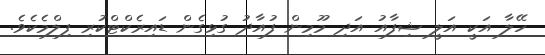
ހޭލާ އަކީ އަލީ ޝިފާއު އަދި މޫމިން ފުއާދު ގުޅިގެން ޑައިރެކްޓްކުރި ފިލްމެކެވެ.